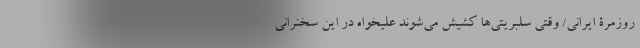
روزمرۀ ایرانی/ وقتی سلبریتی‌ها کشیش می‌شوند علیخواه در این سخنرانی